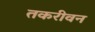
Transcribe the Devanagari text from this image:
तकरीवन